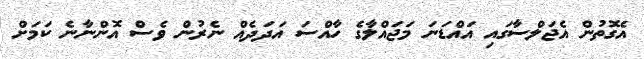
އެގޮތުން އެޖަލްސާގައި އައްޑަނަ މަޖައްލާގެ ހާއްސަ އަދަދެއް ނެރުން ވެސް އޮންނާނެ ކަމަށް